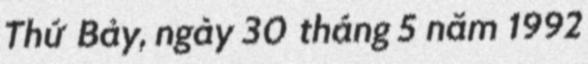
Thứ Bảy, ngày 30 tháng 5 năm 1992